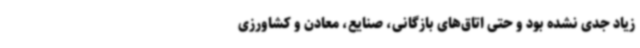
زیاد جدی نشده بود و حتی اتاق‌های بازگانی، صنایع، معادن و کشاورزی